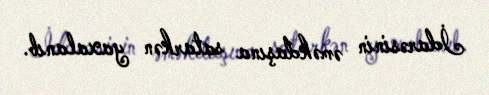
İdarəsinin əməkdaşına satarkən yaxalanıb.